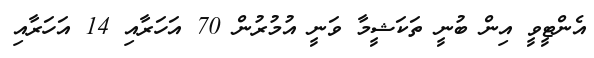
އެންޓީވީ އިން ބުނީ ތަކަޝީމާ ވަނީ އުމުރުން 70 އަހަރާއި 14 އަހަރާއި